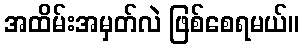
အထိမ်းအမှတ်လဲ ဖြစ်စေရမယ်။